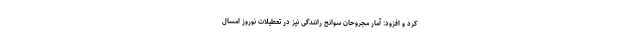
کرد و افزود: آمار مجروحان سوانح رانندگی نیز در تعطیلات نوروز امسال